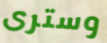
وسترى